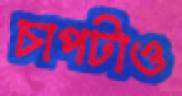
চাপটাও